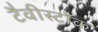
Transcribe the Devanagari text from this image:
टैवीस्टॉक